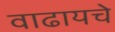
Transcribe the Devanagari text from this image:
वाढायचे